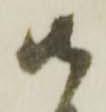
御